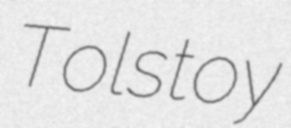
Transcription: Tolstoy